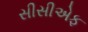
સીસીએફ